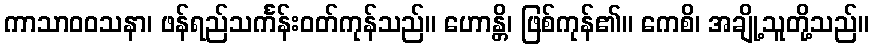
ကာသာဝဝသနာ၊ ဖန်ရည်သင်္ကန်းဝတ်ကုန်သည်။ ဟောန္တိ၊ ဖြစ်ကုန်၏။ ကေစိ၊ အချို့သူတို့သည်။